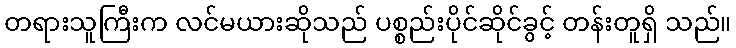
တရားသူကြီးက လင်မယားဆိုသည် ပစ္စည်းပိုင်ဆိုင်ခွင့် တန်းတူရှိ သည်။